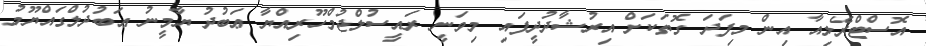
އޮސްޓްރޭލިއާ އިން މިފަދަ ގޮތަކަށް އިރުޝާދުދީފައި މިވަނީ ރައީސުލްޖުމްހޫރިއްޔާ ޢަބުދު ޔާމީނު ޢަބުދުލްގައްޔޫމު